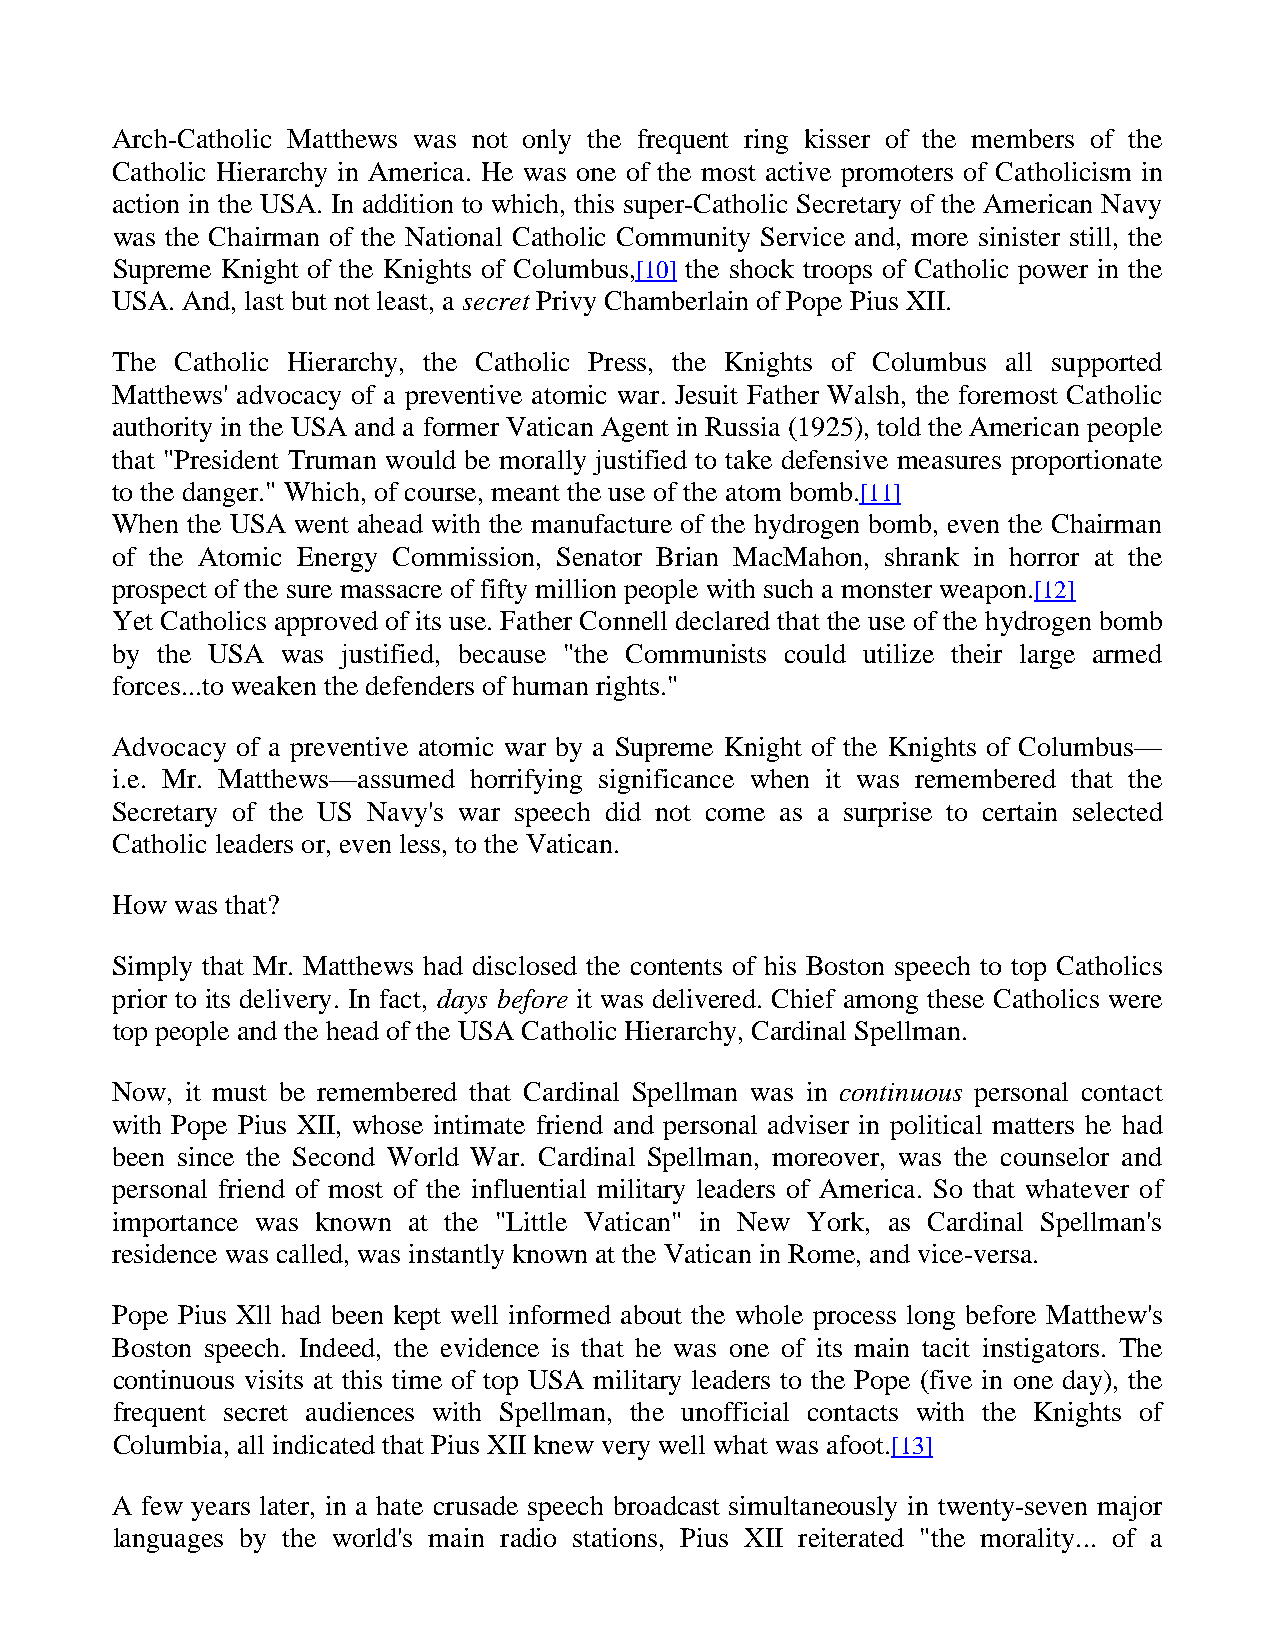
Arch-Catholic Matthews was not only the frequent ring kisser of the members of the
 Catholic Hierarchy in America. He was one of the most active promoters of Catholicism in
 action in the USA. In addition to which, this super-Catholic Secretary of the American Navy
 was the Chairman of the National Catholic Community Service and, more sinister still, the
 Supreme Knight of the Knights of Columbus,[10] the shock troops of Catholic power in the
 USA. And, last but not least, a secret Privy Chamberlain of Pope Pius XII.
 The  Catholic Hierarchy, the Catholic Press, the Knights of Columbus all supported
 Matthews' advocacy of a preventive atomic war. Jesuit Father Walsh, the foremost Catholic
 authority in the USA and a former Vatican Agent in Russia (1925), told the American people
 that "President Truman would be morally justified to take defensive measures proportionate
 to the danger." Which, of course, meant the use of the atom bomb.[11]
 When the USA went ahead with the manufacture of the hydrogen bomb, even the Chairman
 of the Atomic Energy Commission, Senator Brian MacMahon, shrank in horror at the
 prospect of the sure massacre of fifty million people with such a monster weapon.[12]
 Yet Catholics approved of its use. Father Connell declared that the use of the hydrogen bomb
 by the USA  was justified, because "the Communists could utilize their large armed
 forces...to weaken the defenders of human rights."
 Advocacy of a preventive atomic war by a Supreme Knight of the Knights of Columbus—
 i.e. Mr. Matthews—assumed horrifying significance when it was remembered that the
 Secretary of the US Navy's war speech did not come as a surprise to certain selected
 Catholic leaders or, even less, to the Vatican.
 How  was that?
 Simply that Mr. Matthews had disclosed the contents of his Boston speech to top Catholics
 prior to its delivery. In fact, days before it was delivered. Chief among these Catholics were
 top people and the head of the USA Catholic Hierarchy, Cardinal Spellman.
 Now, it must be remembered that Cardinal Spellman was in continuous personal contact
 with Pope Pius XII, whose intimate friend and personal adviser in political matters he had
 been since the Second World War. Cardinal Spellman, moreover, was the counselor and
 personal friend of most of the influential military leaders of America. So that whatever of
 importance was known at the "Little Vatican" in New York, as Cardinal Spellman's
 residence was called, was instantly known at the Vatican in Rome, and vice-versa.
 Pope Pius Xll had been kept well informed about the whole process long before Matthew's
 Boston speech. Indeed, the evidence is that he was one of its main tacit instigators. The
 continuous visits at this time of top USA military leaders to the Pope (five in one day), the
 frequent secret audiences with Spellman, the unofficial contacts with the Knights of
 Columbia, all indicated that Pius XII knew very well what was afoot.[13]
 A few years later, in a hate crusade speech broadcast simultaneously in twenty-seven major
 languages by the world's main radio stations, Pius XII reiterated "the morality... of a